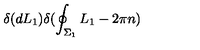
\delta ( d L _ { 1 } ) \delta ( \oint _ { \Sigma _ { 1 } } L _ { 1 } - 2 \pi n )